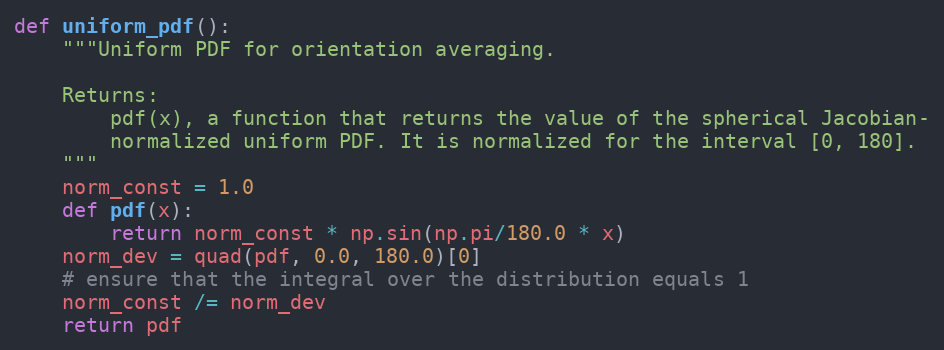
Language: Python
def uniform_pdf():
    """Uniform PDF for orientation averaging.

    Returns:
        pdf(x), a function that returns the value of the spherical Jacobian-
        normalized uniform PDF. It is normalized for the interval [0, 180].
    """
    norm_const = 1.0
    def pdf(x):
        return norm_const * np.sin(np.pi/180.0 * x)
    norm_dev = quad(pdf, 0.0, 180.0)[0]
    # ensure that the integral over the distribution equals 1
    norm_const /= norm_dev
    return pdf